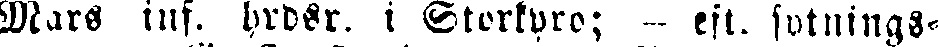
Mars inf. hrdsr. i Storkyro; - eft. sotnings-